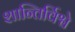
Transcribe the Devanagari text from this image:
शान्तिर्विश्वे